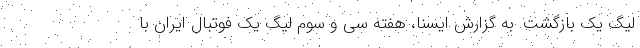
لیگ یک بازگشت. به گزارش ایسنا، هفته سی و سوم لیگ یک فوتبال ایران با